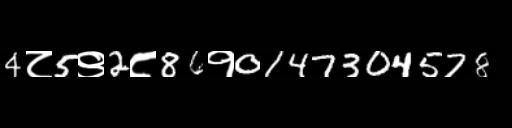
Text: 4८5९2८86१0147304578